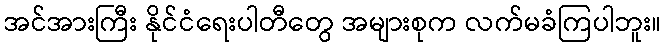
အင်အားကြီး နိုင်ငံရေးပါတီတွေ အများစုက လက်မခံကြပါဘူး။